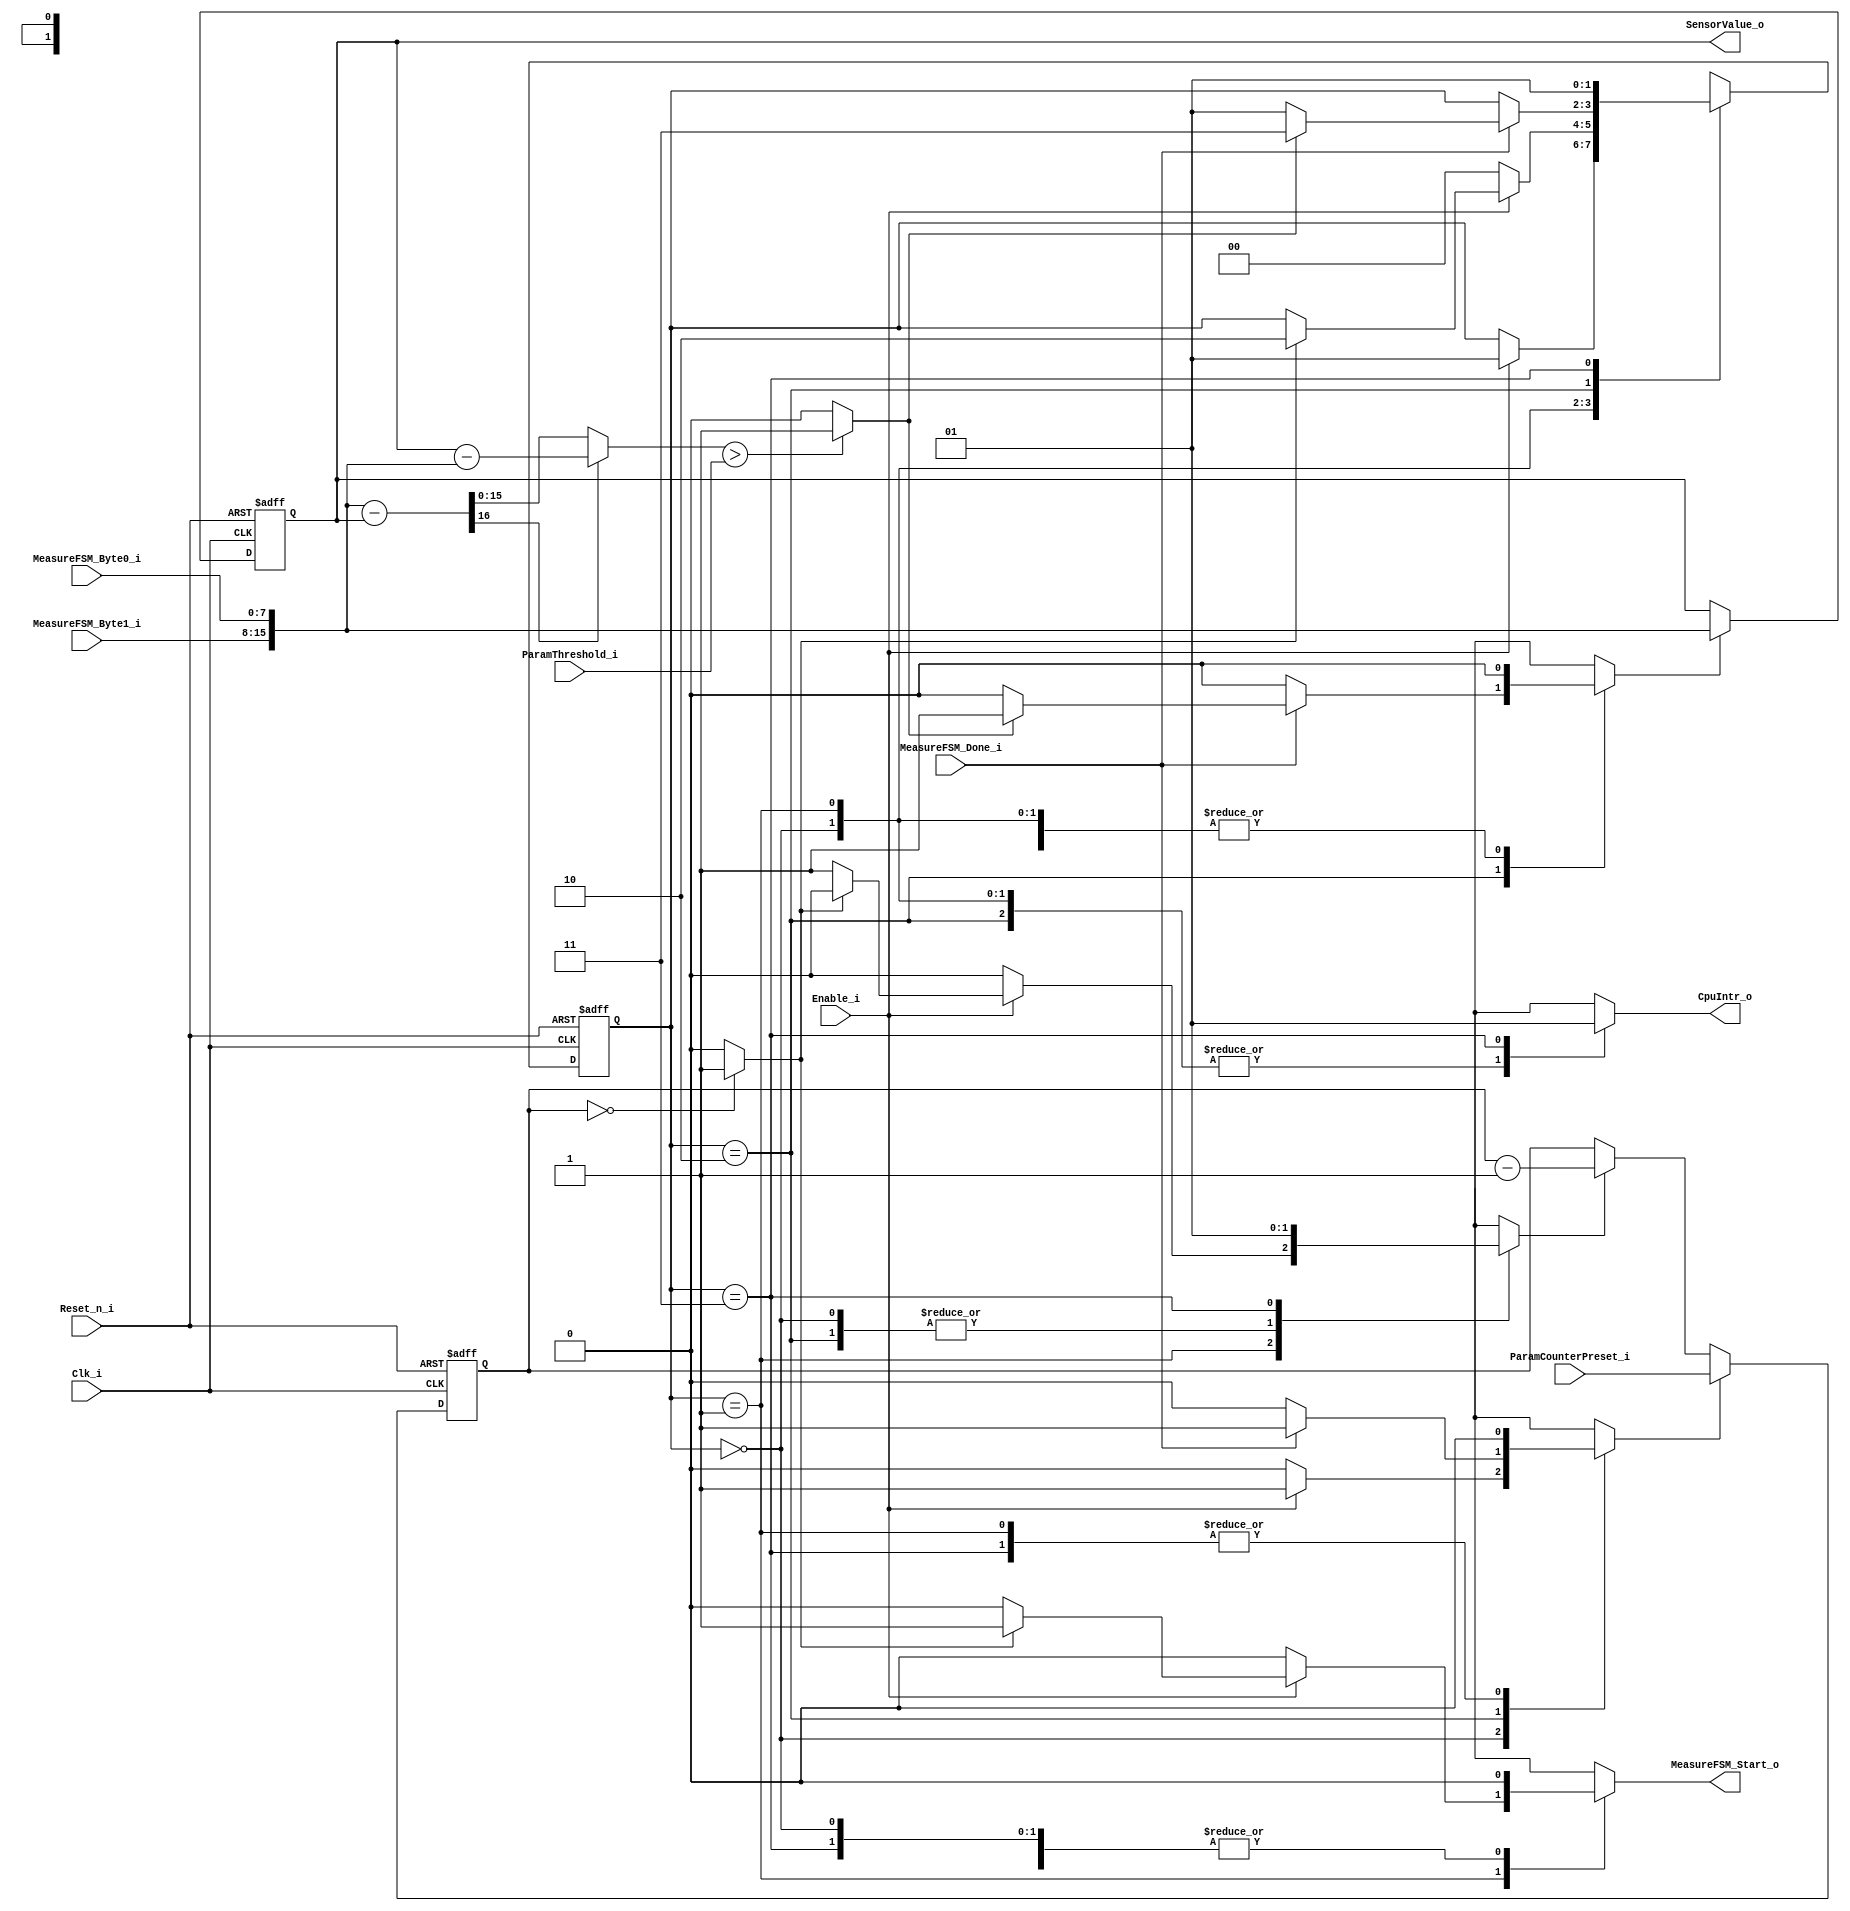
module SensorFSM #(
  parameter DataWidth = 8
) (
  input                        Reset_n_i,
  input                        Clk_i,
  // top level
  input                        Enable_i,
  output reg                   CpuIntr_o,
  output     [2*DataWidth-1:0] SensorValue_o,
  // to/from Measure-FSM
  output reg                   MeasureFSM_Start_o,
  input                        MeasureFSM_Done_i,
  input     [DataWidth-1:0]    MeasureFSM_Byte0_i,
  input     [DataWidth-1:0]    MeasureFSM_Byte1_i,
  // parameters
  input [2*DataWidth-1:0]      ParamThreshold_i,
  input [2*DataWidth-1:0]      ParamCounterPreset_i
);

  // Sensor FSM
  localparam stDisabled   = 2'b00;
  localparam stIdle       = 2'b01;
  localparam stXfer       = 2'b10;
  localparam stNotify     = 2'b11;
  reg  [1:0]             SensorFSM_State;
  reg  [1:0]             SensorFSM_NextState;
  wire                   SensorFSM_TimerOvfl;
  reg                    SensorFSM_TimerPreset;
  reg                    SensorFSM_TimerEnable;
  wire                   SensorFSM_DiffTooLarge;
  reg                    SensorFSM_StoreNewValue;
  /////////////////////////////////////////////////////////////////////////////
  // Word Arithmetic
  // interconnecting signals
  wire [2*DataWidth-1:0] SensorValue;
  reg  [2*DataWidth-1:0] Word0;
  wire [2*DataWidth-1:0] AbsDiffResult;

  /////////////////////////////////////////////////////////////////////////////
  // FSM //////////////////////////////////////////////////////////////////////
  /////////////////////////////////////////////////////////////////////////////

  always @(negedge Reset_n_i or posedge Clk_i)
  begin
    if (!Reset_n_i)
    begin
      SensorFSM_State <= stDisabled;
    end
    else
    begin
      SensorFSM_State <= SensorFSM_NextState;
    end  
  end

  always @(SensorFSM_State, Enable_i, SensorFSM_TimerOvfl, MeasureFSM_Done_i, SensorFSM_DiffTooLarge)
  begin  // process SensorFSM_CombProc
    SensorFSM_NextState     = SensorFSM_State;
    // control signal default values
    SensorFSM_TimerPreset   = 1'b0;
    SensorFSM_TimerEnable   = 1'b0;
    MeasureFSM_Start_o      = 1'b0;
    SensorFSM_StoreNewValue = 1'b0;
    CpuIntr_o               = 1'b0;
    // next state and output logic
    case (SensorFSM_State)
      stDisabled: begin
        if (Enable_i == 1'b1)
        begin
          SensorFSM_TimerPreset   = 1'b1;
          SensorFSM_NextState     = stIdle;
        end
      end
      stIdle: begin
        if (Enable_i == 1'b0)
        begin
          SensorFSM_NextState     = stDisabled;
        end
        else
        if (SensorFSM_TimerOvfl == 1'b1)
        begin
          SensorFSM_NextState     = stXfer;
          MeasureFSM_Start_o      = 1'b1;
        end
        else
        begin
          SensorFSM_TimerEnable   = 1'b1;  // timer running
        end
      end
      stXfer: begin
        if (MeasureFSM_Done_i == 1'b1)
        begin
          SensorFSM_TimerPreset   = 1'b1;
          if (SensorFSM_DiffTooLarge == 1'b1)
          begin
            SensorFSM_NextState     = stNotify;
            SensorFSM_StoreNewValue = 1'b1;  // store new value
          end
          else
          begin
            SensorFSM_NextState     = stIdle;
          end
        end
      end
      stNotify: begin
        SensorFSM_TimerEnable   = 1'b1;  // timer running
        SensorFSM_NextState     = stIdle;
        CpuIntr_o               = 1'b1;  // notify CPU
      end
      default: begin
      end
    endcase
  end 

  /////////////////////////////////////////////////////////////////////////////
  // Word Arithmetic //////////////////////////////////////////////////////////
  /////////////////////////////////////////////////////////////////////////////

  reg [2*DataWidth-1:0] SensorFSM_Timer;
  
  always @(negedge Reset_n_i or posedge Clk_i)
  begin
    if (!Reset_n_i)
    begin
      SensorFSM_Timer <= 16'd0;
    end
    else
    begin
      if (SensorFSM_TimerPreset)
      begin
        SensorFSM_Timer <= ParamCounterPreset_i;
      end
      else if (SensorFSM_TimerEnable)
      begin
        SensorFSM_Timer <= SensorFSM_Timer - 1'b1;
      end
    end  
  end

  assign SensorFSM_TimerOvfl = (SensorFSM_Timer == 0) ? 1'b1 : 1'b0;

  assign SensorValue = {MeasureFSM_Byte1_i, MeasureFSM_Byte0_i};

  always @(negedge Reset_n_i or posedge Clk_i)
  begin
    if (!Reset_n_i)
    begin
      Word0 <= 16'd0;
    end
    else
    begin
      if (SensorFSM_StoreNewValue)
      begin
        Word0 <= SensorValue;
      end
    end  
  end

  wire [2*DataWidth   : 0] DiffAB;
  wire [2*DataWidth-1 : 0] DiffBA;
  assign DiffAB = {1'b0, SensorValue} - {1'b0, Word0};
  assign DiffBA =        Word0        -        SensorValue;
  assign AbsDiffResult = DiffAB[2*DataWidth] ? DiffBA : DiffAB[2*DataWidth-1 : 0];

  assign SensorFSM_DiffTooLarge = (AbsDiffResult > ParamThreshold_i) ? 1'b1 : 1'b0;

  assign SensorValue_o = Word0;

endmodule